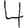
Digit: 4